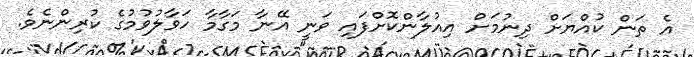
އެ ތަން ކުއްޔަށް ދިނުމަށް އިއުލާންކޮށްފައި ވަނީ އޭނާ މަގާމާ ހަވާލުވުމުގެ ކުރިންނެވެ.